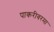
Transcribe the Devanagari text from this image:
पाकरीवरमा